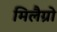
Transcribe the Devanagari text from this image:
मिलैग्रो